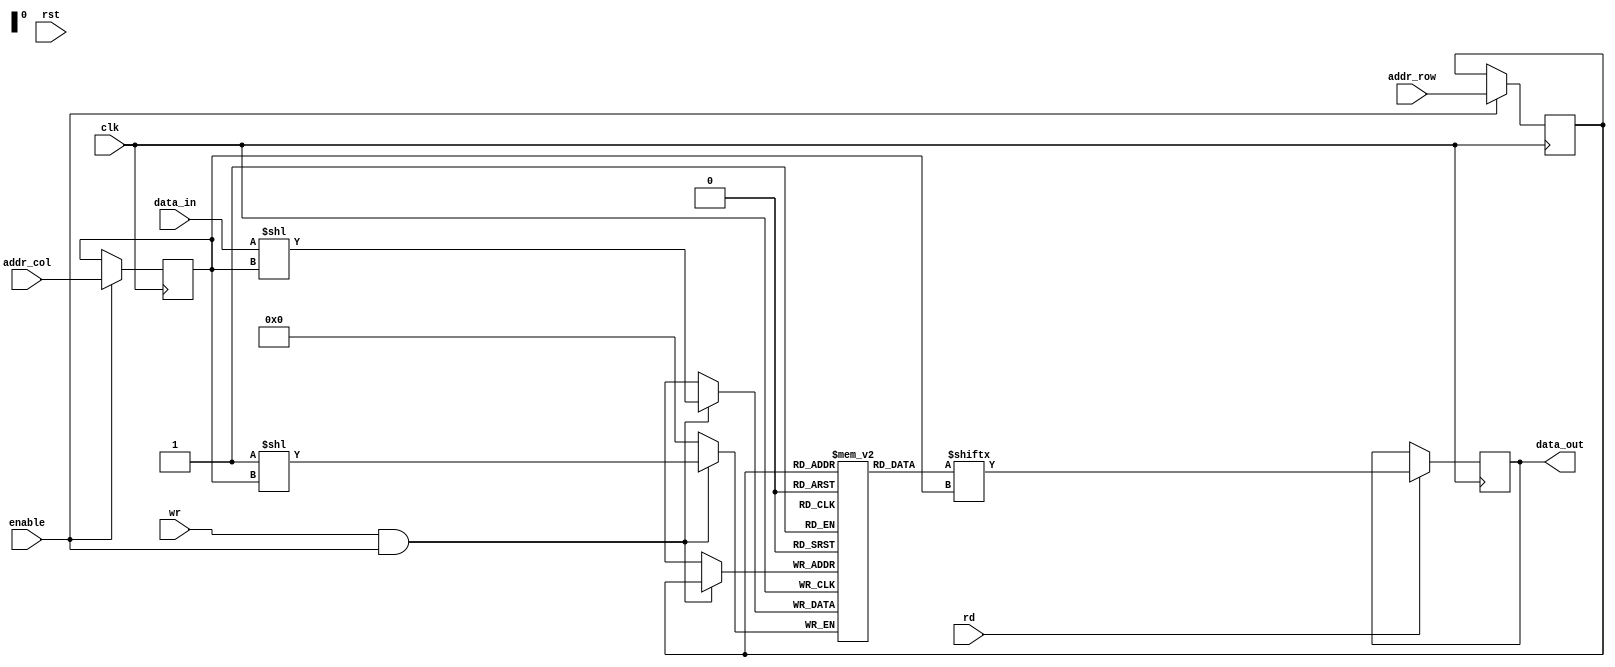
module DRAM (
    input wire clk,
    input wire rst,
    input wire enable,
    input wire [ADDR_WIDTH-1:0] addr_row,
    input wire [ADDR_WIDTH-1:0] addr_col,
    input wire wr,
    input wire rd,
    input wire data_in,
    output reg data_out
);

parameter ADDR_WIDTH = 8; // Define address width for memory cell array

// Define memory cell array structure
reg [7:0] memory_array [0:255];

// Row address decoder
reg [ADDR_WIDTH-1:0] selected_row;
always @ (posedge clk) begin
    if (enable) begin
        selected_row <= addr_row;
    end
end

// Column address decoder
reg [ADDR_WIDTH-1:0] selected_col;
always @ (posedge clk) begin
    if (enable) begin
        selected_col <= addr_col;
    end
end

// Sense amplifier to amplify data
always @ (posedge clk) begin
    if (rd) begin
        data_out <= memory_array[selected_row][selected_col];
    end
end

// Control logic for managing operations
always @ (posedge clk) begin
    if (wr && enable) begin
        memory_array[selected_row][selected_col] <= data_in;
    end
end

endmodule